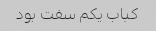
کباب یکم سفت بود